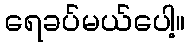
ရေခပ်မယ်ပေါ့။